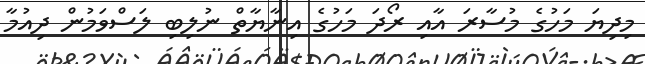
މިދިޔަ މަހުގެ މުސާރަ އާއި ރޯދަ މަހުގެ އިނާޔާތް ނުލިބި ލަސްވަމުން ދިއުމާ